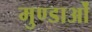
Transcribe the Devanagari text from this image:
मुण्डाओं